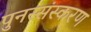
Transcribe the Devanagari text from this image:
पुनस्संस्करण